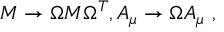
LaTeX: M \rightarrow \Omega M \Omega ^ { T } , A _ { \mu } \rightarrow \Omega A _ { \mu } { } ~ ,